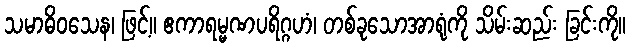
သမာဓိဝသေန၊ ဖြင့်။ ဧကာရမ္မဏပရိဂ္ဂဟံ၊ တစ်ခုသောအာရုံကို သိမ်းဆည်း ခြင်းကို။